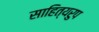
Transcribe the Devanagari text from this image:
साहित्यरुप